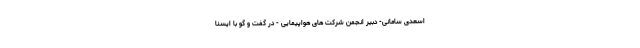
اسعدی سامانی- دبیر انجمن شرکت های هواپیمایی - در گفت و گو با ایسنا